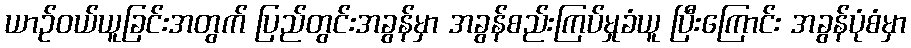
ယာဉ်ဝယ်ယူခြင်းအတွက် ပြည်တွင်းအခွန်မှာ အခွန်စည်းကြပ်မှုခံယူ ပြီးကြောင်း အခွန်ပုံစံမှာ